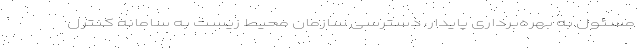
مسئول به بهره‌برداری پایدار، دسترسی سازمان محیط زیست به سامانه کنترل